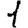
Digit: 1